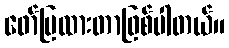
ဖော်ပြထားတာဖြစ်ပါတယ်။